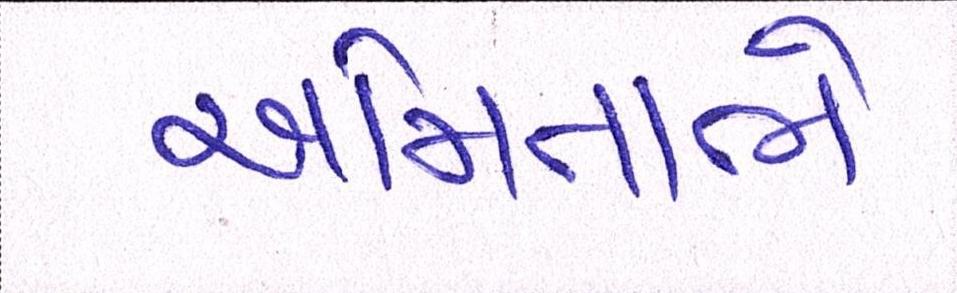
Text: અમિતાભે